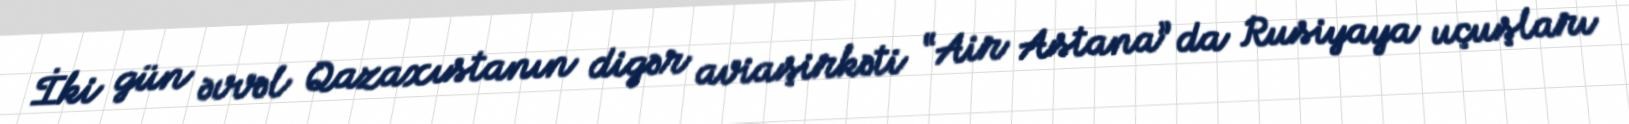
İki gün əvvəl Qazaxıstanın digər aviaşirkəti “Air Astana” da Rusiyaya uçuşları